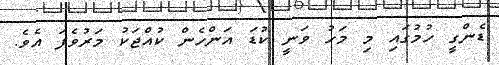
ޑެންގީ ހުމުގައި މި މަހު ވަނީ ކުޑަ އަންހެން ކުއްޖަކު މަރުވެފަ އެވެ.